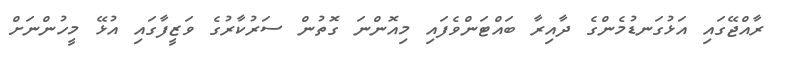
ރާއްޖޭގައި އަޅުގަނޑުމެންގެ ދާއިރާ ބައްޓަންވެފައި މިއޮންނަ ގޮތުން ސަރުކާރުގެ ވަޒީފާގައި އުޅޭ މީހުންނަށް